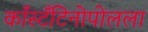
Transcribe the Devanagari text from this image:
काँस्टँटिनोपोलला